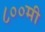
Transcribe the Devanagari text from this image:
८००मी